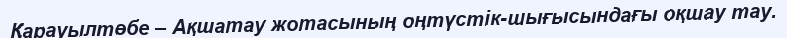
Қарауылтөбе – Ақшатау жотасының оңтүстік-шығысындағы оқшау тау.